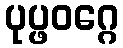
ပုပ္ဖဝဂ္ဂေ